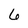
Character: 6